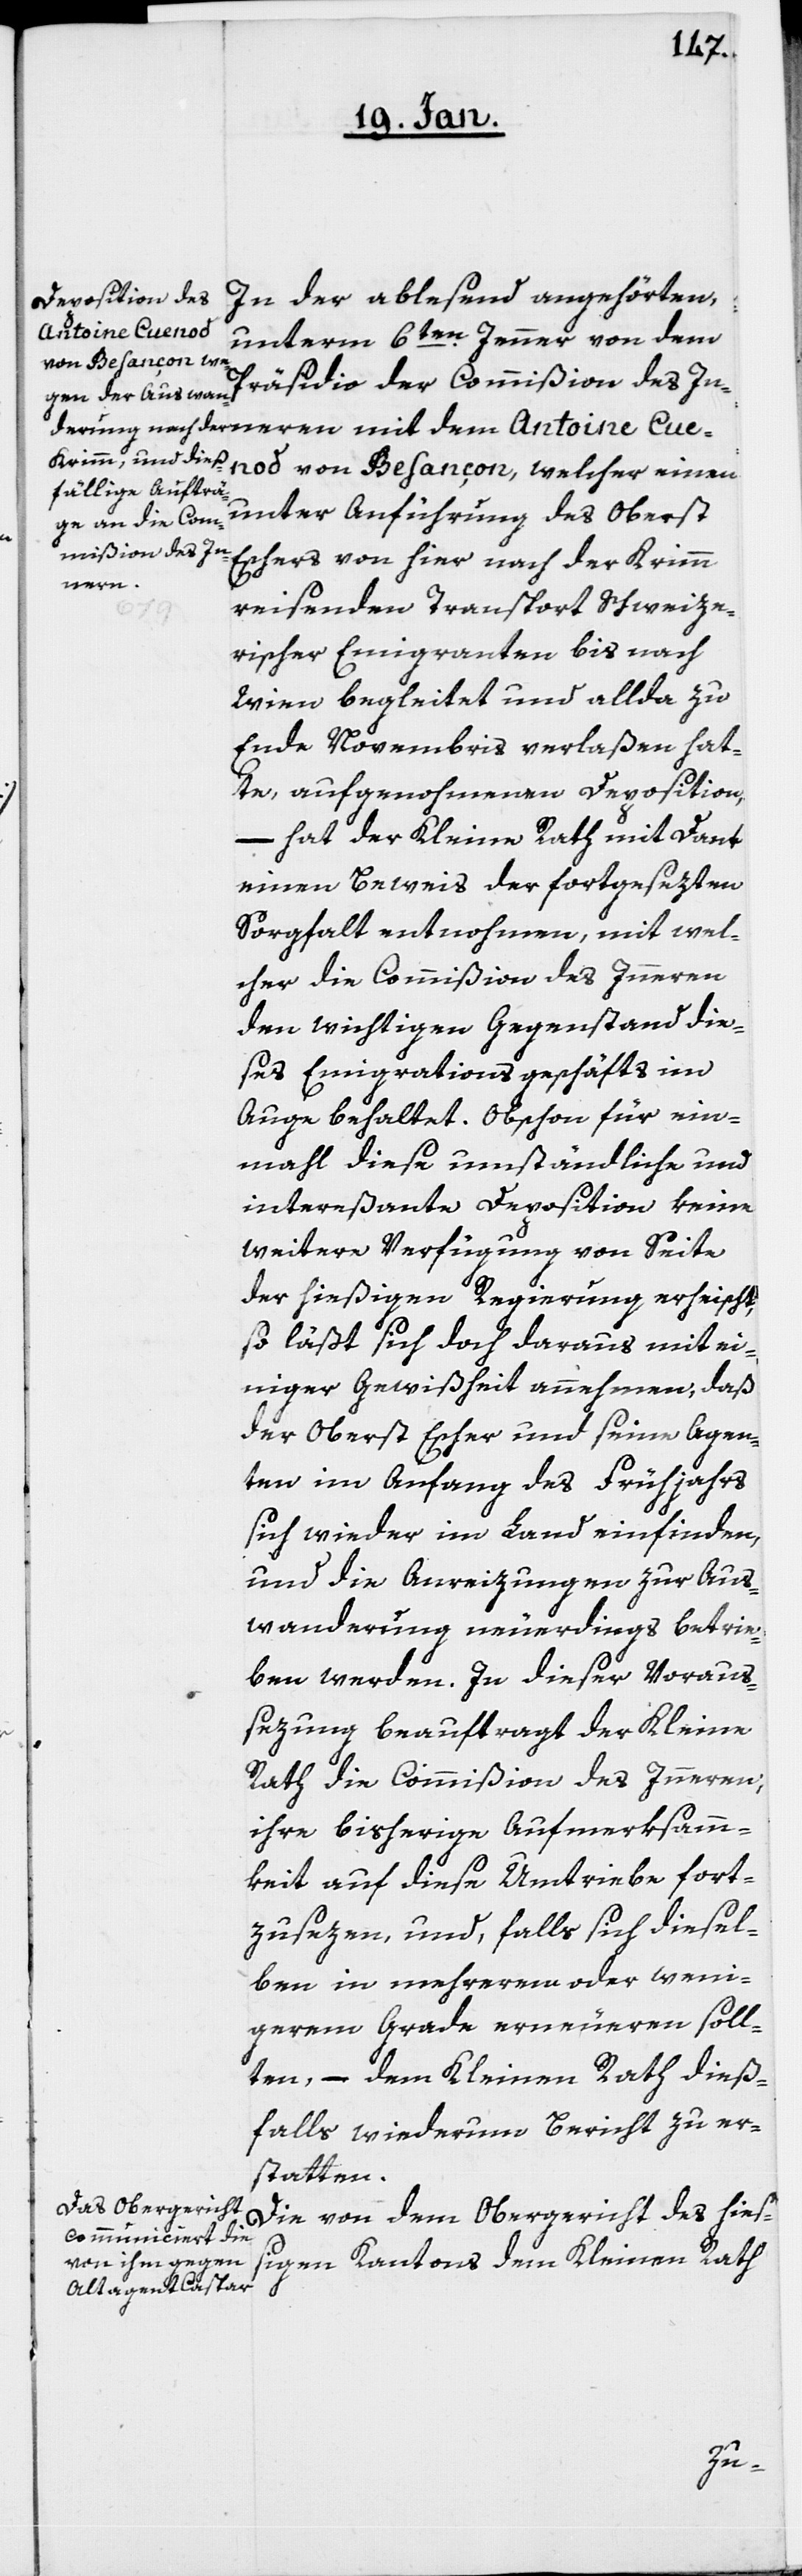
In der ablesend angehörten,
unterm 6ten. Jenner von dem
Präsidio der Commißion des In¬
nod von Besançon, welcher einen
unter Anführung des Oberst
Escher von hier nach der Krimm
nern
reisenden Transport Schweize¬
rischer Emigranten bis nach
Wien begleitet und allda zu
Ende Novembris verlaßen hat¬
te, aufgenohmenen Deposition,
– hat der Kleine Rath mit Dank
einen Beweis der fortgesezten
Sorgfalt entnohmen, mit wel¬
cher die Commißion des Innern
den wichtigen Gegenstand die¬
ses Emigrationsgeschäfts im
Auge behaltet. Obschon für ein¬
mahl diese umständliche und
intereßante Deposition keine
weitere Verfügung von Seite
der hießigen Regierung erheischt,
so läßt sich doch daraus mit ei¬
niger Gewißheit annehmen, daß
der Oberst Escher und seine Agen¬
ten im Anfang des Frühjahrs
sich wieder im Land einfinden,
und die Anreizungen zur Aus¬
wanderung neuerdings betrie¬
ben werden. In dieser Voraus¬
sezung beauftragt der Kleine
Rath die Commißion des Innern,
ihre bisherige Aufmerksamm¬
keit auf diese Umtriebe fort¬
zusezen, und, falls sich diesel¬
ben in mehrerem oder weni¬
gerem Grade erneueren soll¬
ten, – dem Kleinen Rath dieß¬
falls wiederum Bericht zu er¬
statten.
Die von dem Obergericht des hieß¬
igen Kantons dem Kleinen Rath
Cue¬